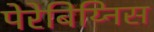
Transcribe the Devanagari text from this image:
पेरेबिय्निस